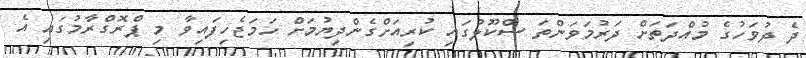
ދެ ދުވަހުގެ މުއްދަތަަށް ދަރުމަވަންތަ ސްކޫލުގައި ކުރިއަށްގެންދިޔުމަށް ހަމަޖެހިފައިވާ މި ޕްރޮގްރާމުގައި އެ